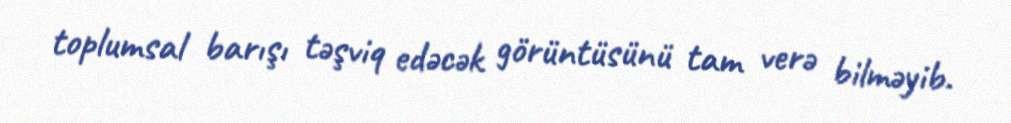
toplumsal barışı təşviq edəcək görüntüsünü tam verə bilməyib.